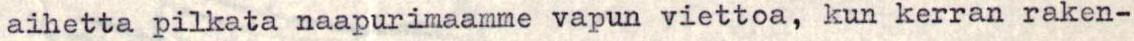
aihetta pilkata naapurimaamme vapun viettoa, kun kerran raken-